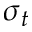
\sigma _ { t }